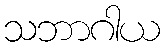
သဘာဂါယ